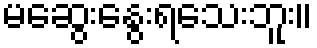
မဆွေးနွေးရသေးဘူး။